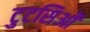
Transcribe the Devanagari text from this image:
टुटसिओं